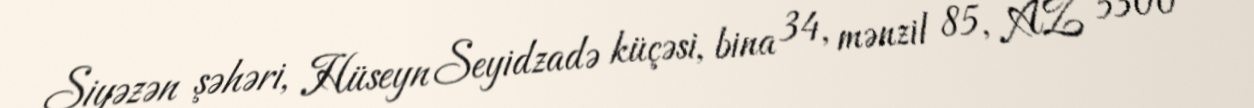
Siyəzən şəhəri, Hüseyn Seyidzadə küçəsi, bina 34, mənzil 85, AZ 5300